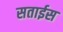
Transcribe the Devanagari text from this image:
सताईस